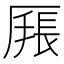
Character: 𰆩